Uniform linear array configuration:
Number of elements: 24
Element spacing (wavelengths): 1
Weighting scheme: hann
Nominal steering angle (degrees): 60
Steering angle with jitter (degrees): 59.488
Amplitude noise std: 0.05
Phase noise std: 0.05

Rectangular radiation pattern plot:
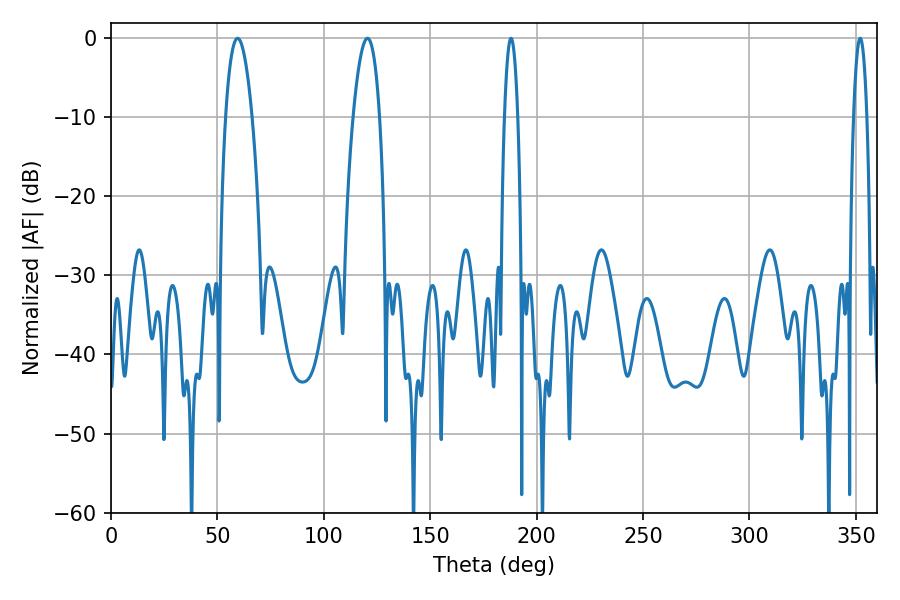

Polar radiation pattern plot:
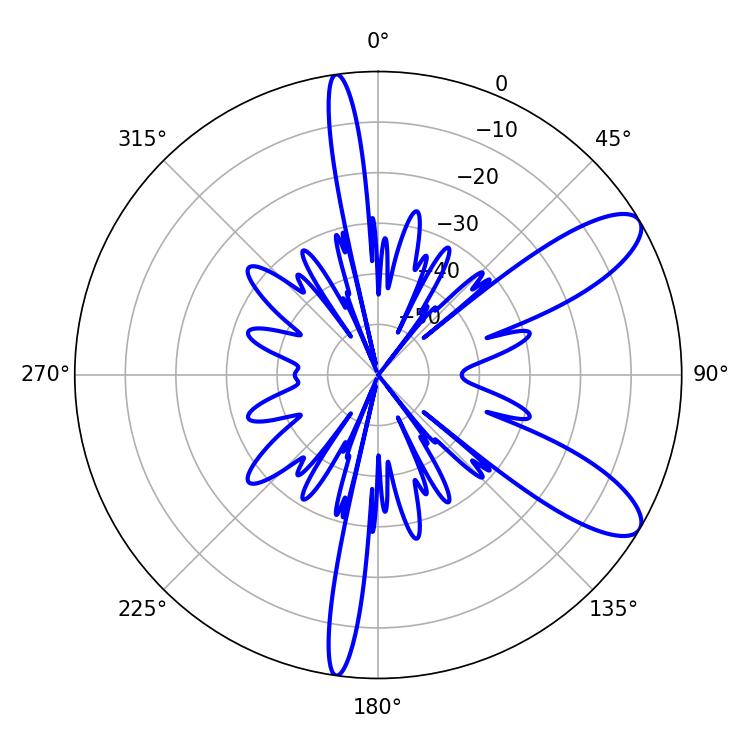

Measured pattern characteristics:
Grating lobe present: TRUE
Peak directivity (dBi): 9.903
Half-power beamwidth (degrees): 7.02
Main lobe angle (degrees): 59.4